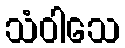
သံဝါသေ